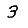
Digit: 3